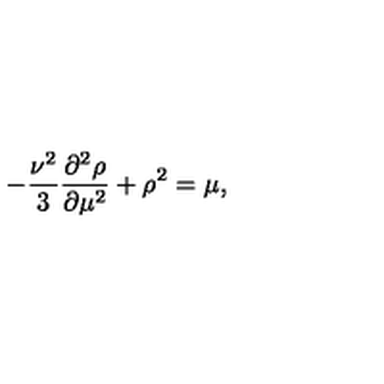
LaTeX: - { \frac { \nu ^ { 2 } } { 3 } } \frac { \partial ^ { 2 } \rho } { \partial \mu ^ { 2 } } + \rho ^ { 2 } = \mu ,